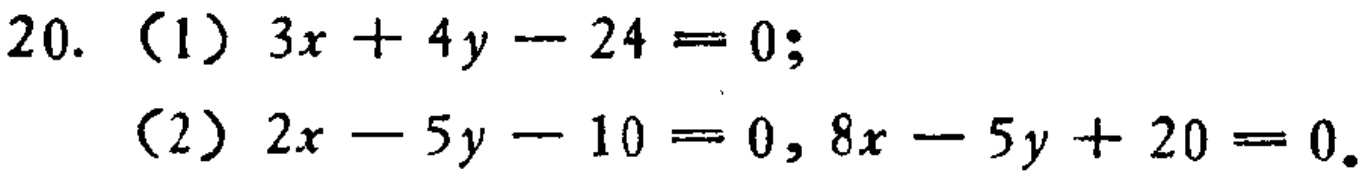
20. （1）\(3x + 4y - 24 = 0\);
（2）\(2x - 5y - 10 = 0, 8x - 5y + 20 = 0\).